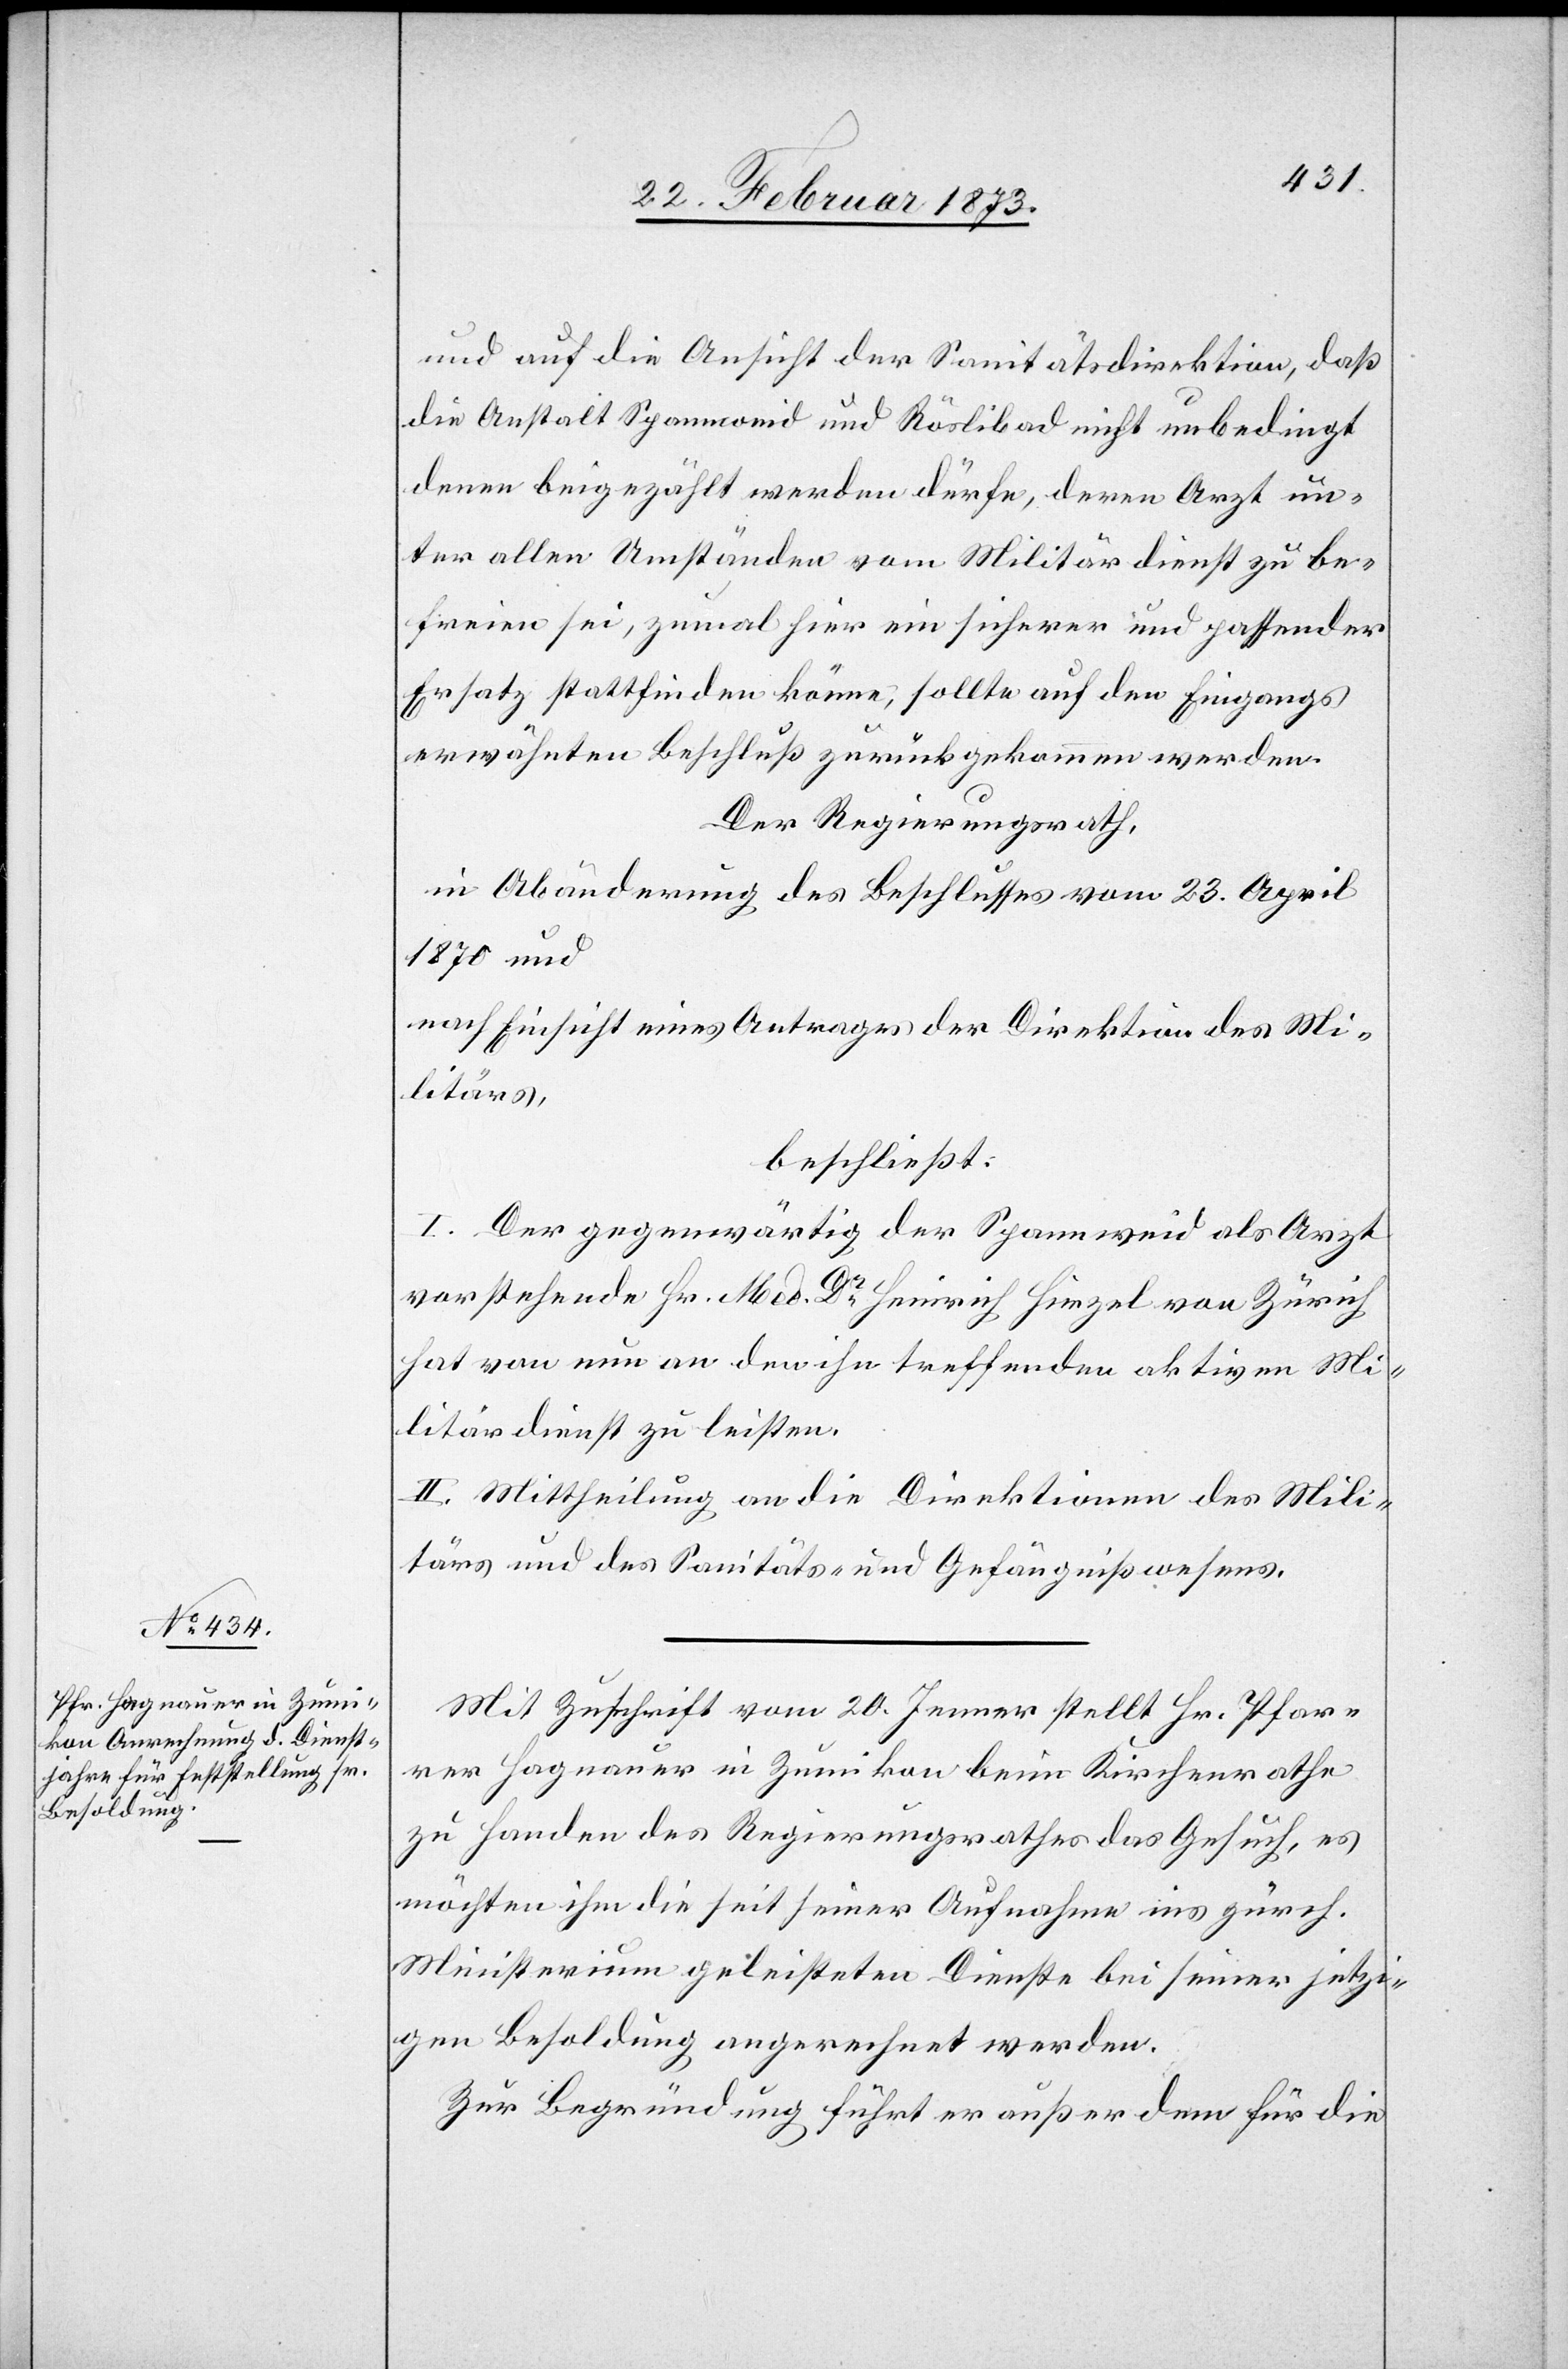
und auf die Ansicht der Sanitätsdirektion, daß
die Anstalt Spannweid und Röslibad nicht unbedingt
denen beigezählt werden dürfe, deren Arzt un¬
ter allen Umständen vom Militärdienst zu be¬
freien sei, zumal hier ein sicherer und passender
Ersatz stattfinden könne, sollte auf den Eingangs
erwähnten Beschluß zurückgekommen werden.
Der Regierungsrath,
in Abänderung des Beschlusses vom 23. April
1870 und
nach Einsicht eines Antrages der Direktion des Mi¬
litärs,
beschließt:
I. Der gegenwärtig der Spannweid als Arzt
vorstehende Hr. Med. Dr Heinrich Hirzel von Zürich
hat von nun an den ihn treffenden aktiven Mi¬
litärdienst zu leisten.
II. Mittheilung an die Direktion des Mili¬
tärs und des Sanitäts- und Gefängnißwesens.